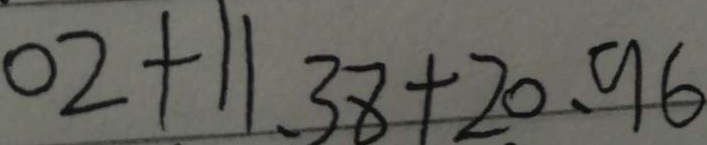
0 2 + 1 1 . 3 8 + 2 0 . 9 6